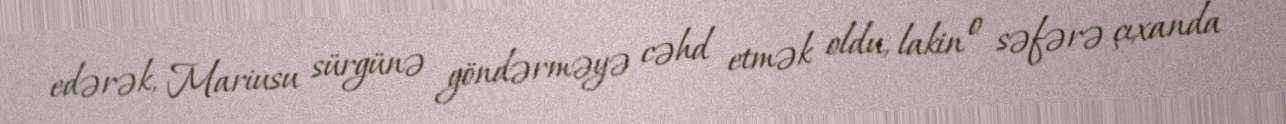
edərək, Mariusu sürgünə göndərməyə cəhd etmək oldu, lakin o səfərə çıxanda